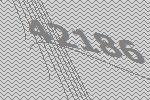
42186